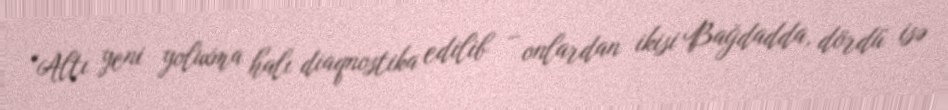
“Altı yeni yoluxma halı diaqnostika edilib – onlardan ikisi Bağdadda, dördü isə